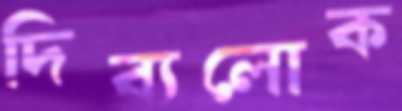
দিব্যলোক